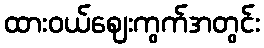
ထားဝယ်ဈေးကွက်အတွင်း